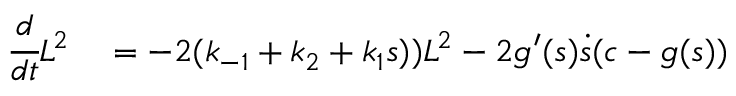
\begin{array} { r l } { \cfrac { d } { d t } L ^ { 2 } } & { { } = - 2 ( k _ { - 1 } + k _ { 2 } + k _ { 1 } s ) ) L ^ { 2 } - 2 g ^ { \prime } ( s ) \dot { s } ( c - g ( s ) ) } \end{array}